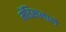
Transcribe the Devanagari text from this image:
मॅडिसनाने